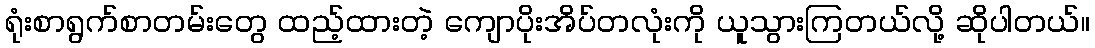
ရုံးစာရွက်စာတမ်းတွေ ထည့်ထားတဲ့ ကျောပိုးအိပ်တလုံးကို ယူသွားကြတယ်လို့ ဆိုပါတယ်။